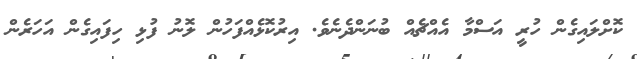
ކޮށްލައިގެން ހުރީ އަސްމާ އެއްޗެއް ބުނަންދެނެވެ. އިރުކޮޅެއްފަހުން ލޮނު ފުޅި ހިފައިގެން އަހަރެން